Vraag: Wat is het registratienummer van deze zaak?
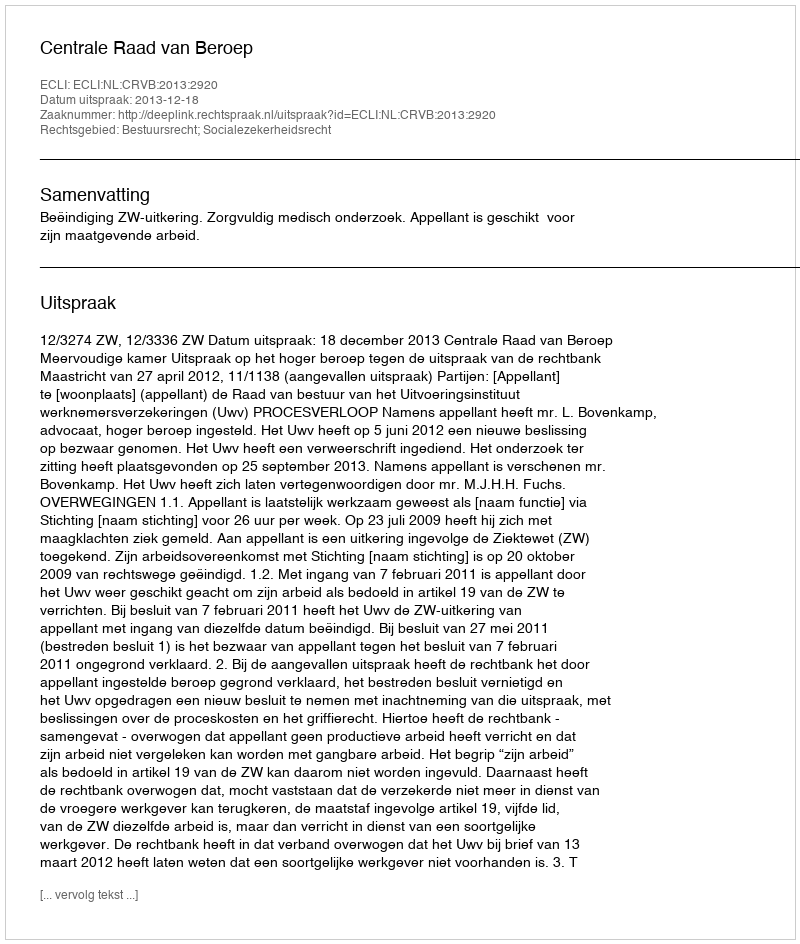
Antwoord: http://deeplink.rechtspraak.nl/uitspraak?id=ECLI:NL:CRVB:2013:2920